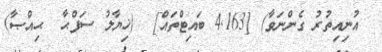
އުނިއިތުރު ގެންނަވާ) [4